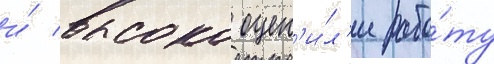
и́ высоко оцен'и́л'и рабо́ту